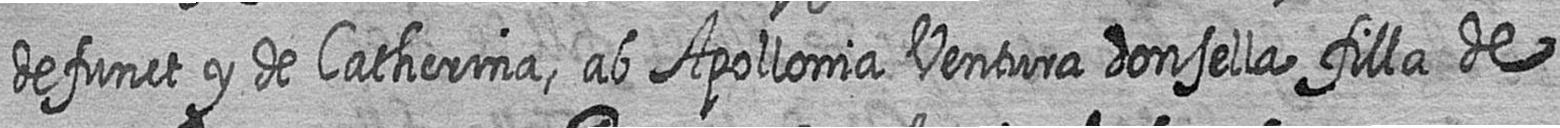
defunct y de Catherina ab Apollonia Ventura donsella filla de